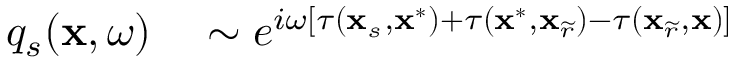
\begin{array} { r l } { q _ { s } ( \mathbf { x } , \omega ) } & { { } \sim e ^ { i \omega \left[ \tau ( \mathbf { x } _ { s } , \mathbf { x } ^ { * } ) + \tau ( \mathbf { x } ^ { * } , \mathbf { x } _ { \widetilde { r } } ) - \tau ( \mathbf { x } _ { \widetilde { r } } , \mathbf { x } ) \right] } } \end{array}